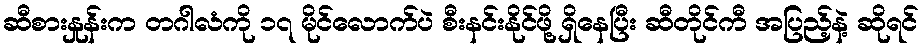
ဆီစားနှုန်းက တဂါလံကို ၁၇ မိုင်လောက်ပဲ စီးနင်းနိုင်ဖို့ ရှိနေပြီး ဆီတိုင်ကီ အပြည့်နဲ့ ဆိုရင်